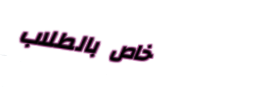
خاص بالطلاب